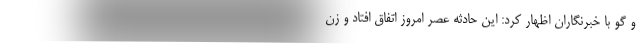
و گو با خبرنگاران اظهار کرد: این حادثه عصر امروز اتفاق افتاد و زن